画像に写った文字を読んでください
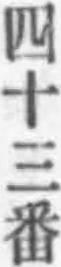
「四十三番」と書いてあります